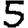
Digit: 5